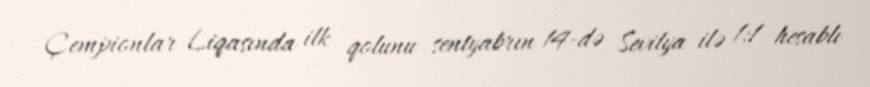
Çempionlar Liqasında ilk qolunu sentyabrın 14-də Sevilya ilə 1:1 hesablı